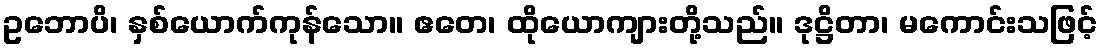
ဥဘောပိ၊ နှစ်ယောက်ကုန်သော။ ဧတေ၊ ထိုယောကျားတို့သည်။ ဒုဋ္ဌိတာ၊ မကောင်းသဖြင့်